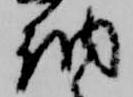
納